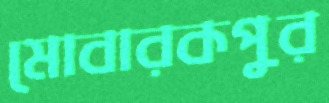
মোবারকপুর